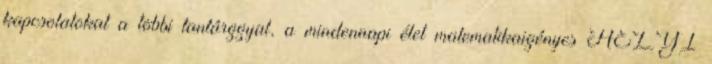
kapcsolatokat a többi tantárggyal, a mindennapi élet matematikaigényes HELYI